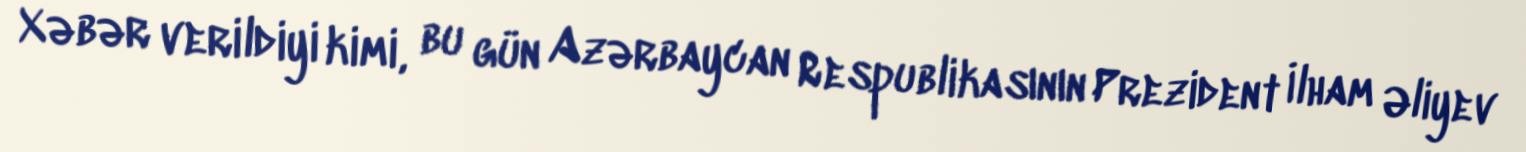
Xəbər verildiyi kimi, bu gün Azərbaycan Respublikasının Prezident İlham Əliyev